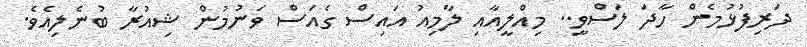
ދަރިފުޅުމެން ހާދަ ލަސްވީ.. މިއްލީއާއި ލާމިއު އައިސް ގެއަސް ވަނުމުން ޝިއުރާ ބުނެލިއެވެ.